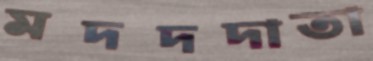
মদদদাতা